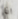
اذا